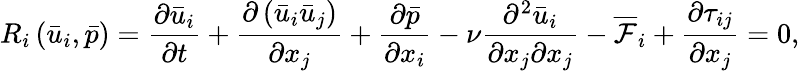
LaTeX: {R_{i}}\left({{{\bar{u}}_{i}},\bar{p}}\right)=\frac{{\partial{{\bar{u}}_{i}}}}{{\partial t}}+\frac{{\partial\left({{{\bar{u}}_{i}}{{\bar{u}}_{j}}}\right)}}{{\partial{x_{j}}}}+\frac{{\partial\bar{p}}}{{\partial{x_{i}}}}-\nu\frac{{{\partial^{2}}{{\bar{u}}_{i}}}}{{\partial{x_{j}}\partial{x_{j}}}}-{\overline{{\mathcal F}}_{i}}+\frac{{\partial{\tau_{ij}}}}{{\partial{x_{j}}}}=0,